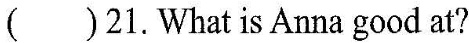
()21.What is Anna good at?